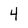
Character: 4